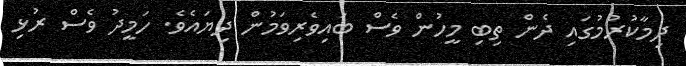
ދިމާކުރުމުގައި ދެން ތިބި މީހުން ވެސް ބައިވެރިވަމުން ދިޔައެވެ. ހަމީދު ވެސް ރުޅި